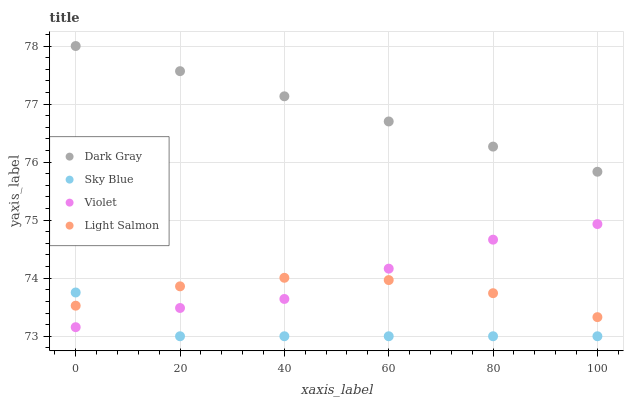
| xaxis_label | Dark Gray | Sky Blue | Violet | Light Salmon |
 | --- | --- | --- | --- | --- |
 | 0 | 78 | 73.8 | 73.2 | 73.5 |
 | 20 | 77.6 | 73 | 73.5 | 73.9 |
 | 40 | 77.1 | 73 | 73.6 | 74 |
 | 60 | 76.7 | 73 | 74.2 | 74 |
 | 80 | 76.3 | 73 | 74.7 | 73.7 |
 | 100 | 75.8 | 73 | 74.9 | 73.3 |